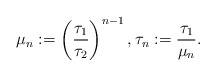
\begin{align*}\mu_n :=\left(\frac{\tau_1}{\tau_2}\right)^{n-1},\tau_n := \frac{\tau_1}{\mu_n}.\end{align*}